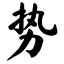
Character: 势